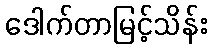
ဒေါက်တာမြင့်သိန်း